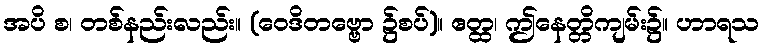
အပိ စ၊ တစ်နည်းလည်း။ (ဝေဒိတဗ္ဗော ၌စပ်)။ ဧတ္ထ၊ ဤနေတ္တိကျမ်း၌။ ဟာရသ